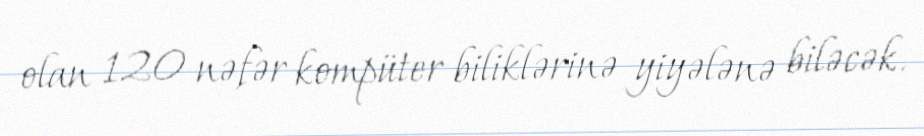
olan 120 nəfər kompüter biliklərinə yiyələnə biləcək.